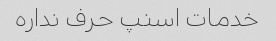
خدمات اسنپ حرف نداره